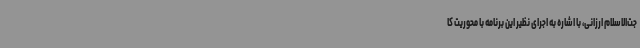
جت‌الاسلام ارزانی، با اشاره به اجرای نظیر این برنامه با محوریت کا